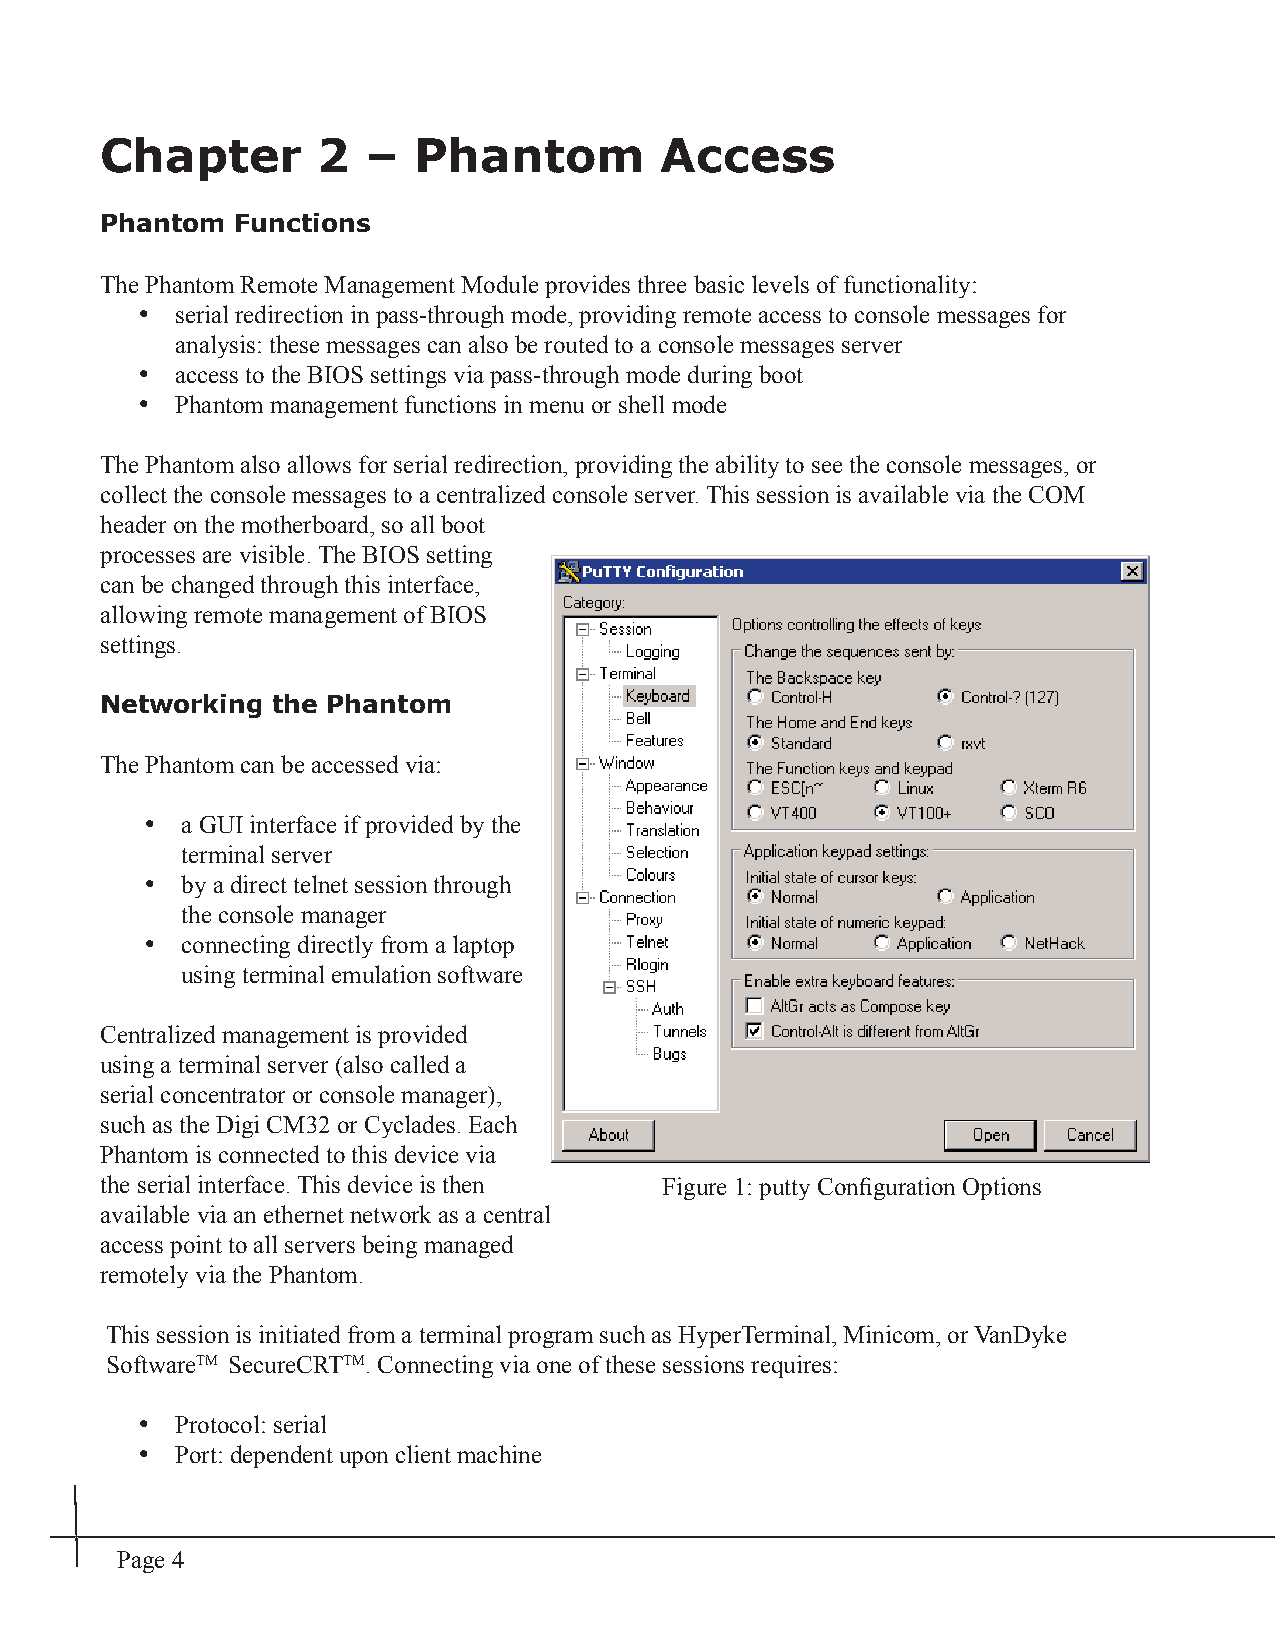
Chapter       2  –  Phantom          Access
 Phantom  Functions
 The Phantom Remote Management Module provides three basic levels of functionality:
 •  serial redirection in pass-through mode, providing remote access to console messages for
 analysis: these messages can also be routed to a console messages server
 •  access to the BIOS settings via pass-through mode during boot
 •  Phantom management functions in menu or shell mode
 The Phantom also allows for serial redirection, providing the ability to see the console messages, or
 collect the console messages to a centralized console server. This session is available via the COM
 header on the motherboard, so all boot
 processes are visible. The BIOS setting
 can be changed through this interface,
 allowing remote management of BIOS
 settings.
 Networking the Phantom
 The Phantom can be accessed via:
 • a GUI interface if provided by the
 terminal server
 • by a direct telnet session through
 the console manager
 • connecting directly from a laptop
 using terminal emulation software
 Centralized management is provided
 using a terminal server (also called a
 serial concentrator or console manager),
 such as the Digi CM32 or Cyclades. Each
 Phantom is connected to this device via
 the serial interface. This device is then Figure 1: putty Confi guration Options
 available via an ethernet network as a central
 access point to all servers being managed
 remotely via the Phantom.
 This session is initiated from a terminal program such as HyperTerminal, Minicom, or VanDyke
 SoftwareTM SecureCRTTM. Connecting via one of these sessions requires:
 •  Protocol: serial
 •  Port: dependent upon client machine
 Page 4